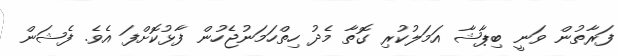
ފަރާތުން ވަނީ ބިޕާޝާ އަމަލުކުރި ގޮތާ މެދު ހިތްހަމަނުޖެހުން ފާޅުކޮށްފަ އެވެ. ފެޝަން